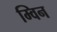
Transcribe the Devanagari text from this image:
म्विन